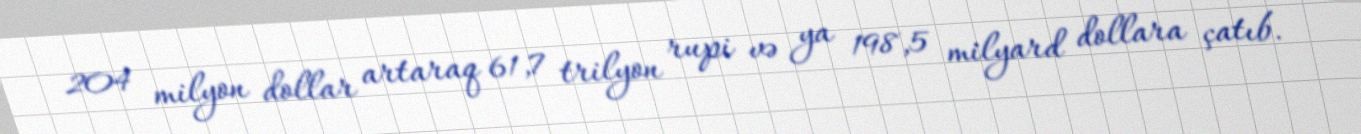
204 milyon dollar artaraq 61,7 trilyon rupi və ya 198,5 milyard dollara çatıb.